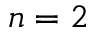
n = 2